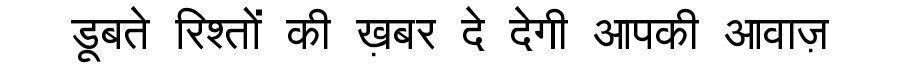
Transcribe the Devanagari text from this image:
डूबते रिश्तों की ख़बर दे देगी आपकी आवाज़